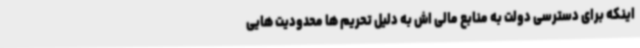
اینکه برای دسترسی دولت به منابع مالی اش به دلیل تحریم ها محدودیت هایی